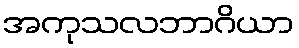
အကုသလဘာဂိယာ